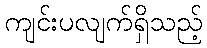
ကျင်းပလျက်ရှိသည့်